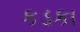
કડકા